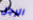
الرجل